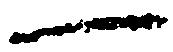
一